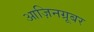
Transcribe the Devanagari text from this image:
आज़िनग्रूबर